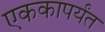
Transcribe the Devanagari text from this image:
एककापर्यंत